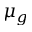
\mu _ { g }